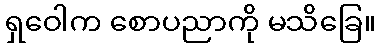
ရှဝေါက စောပညာကို မသိခြေ။